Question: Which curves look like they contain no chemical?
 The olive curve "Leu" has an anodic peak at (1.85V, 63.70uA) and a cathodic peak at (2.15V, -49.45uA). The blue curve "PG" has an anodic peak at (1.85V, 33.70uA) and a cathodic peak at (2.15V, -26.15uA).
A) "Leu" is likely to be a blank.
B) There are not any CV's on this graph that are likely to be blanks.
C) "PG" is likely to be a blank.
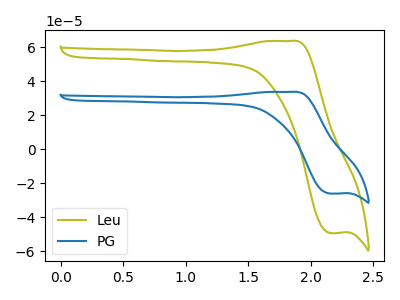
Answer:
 <answer>B) There are not any CV's on this graph that are likely to be blanks.</answer>
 <eval>B</eval>